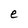
Character: e